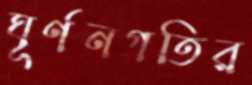
ঘূর্ণনগতির